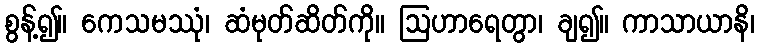
စွန့်၍။ ကေသမဿုံ၊ ဆံမုတ်ဆိတ်ကို။ ဩဟာရေတွာ၊ ချ၍။ ကာသာယာနိ၊